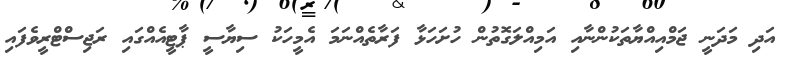
އަދި މަދަނީ ޖަމްއިއްޔާތަކުންނާއި އަމިއްލަގޮތުން ހުށަހަޅާ ފަރާތެއްނަމަ އެމީހަކު ސިޔާސީ ޕާޓީއެއްގައި ރަޖިސްޓްރީވެފައި